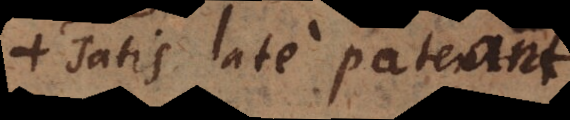
satis late patientia